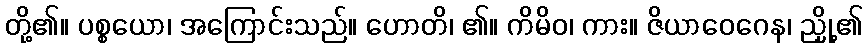
တို့၏။ ပစ္စယော၊ အကြောင်းသည်။ ဟောတိ၊ ၏။ ကိမိဝ၊ ကား။ ဇိယာဝေဂေန၊ ညှို့၏